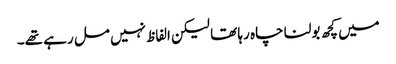
میں کچھ بولنا چاہ رہا تھا لیکن الفاظ نہیں مل رہے تھے۔